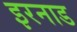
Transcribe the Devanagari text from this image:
इरनाड